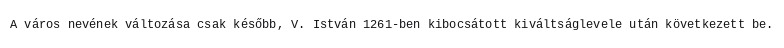
A város nevének változása csak később, V. István 1261-ben kibocsátott kiváltságlevele után következett be.